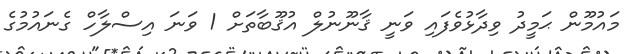
މައުމޫން ޙަމީދު ވިދާޅުވެފައި ވަނީ ޤާނޫނުލް އުޤޫބާތަށް 1 ވަނަ އިސްލާހް ގެނައުމުގެ